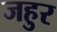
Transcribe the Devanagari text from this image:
जहुर